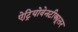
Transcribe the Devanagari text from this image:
ऐट्रियोवेनटीक्यूलर